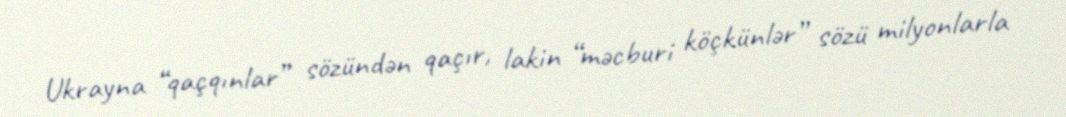
Ukrayna “qaçqınlar” sözündən qaçır, lakin “məcburi köçkünlər” sözü milyonlarla